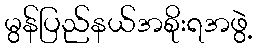
မွန်ပြည်နယ်အစိုးရအဖွဲ့